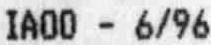
IA00 - 6/96